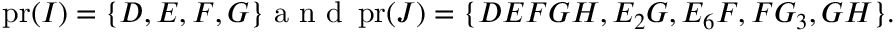
\begin{array} { r } { \operatorname { p r } ( I ) = \{ D , E , F , G \} \mathrm { ~ a ~ n ~ d ~ } \operatorname { p r } ( J ) = \{ D E F G H , E _ { 2 } G , E _ { 6 } F , F G _ { 3 } , G H \} . } \end{array}